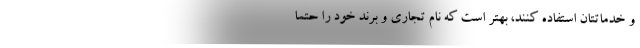
و خدماتتان استفاده کنند، بهتر است که نام تجاری و برند خود را حتما